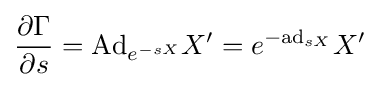
{\frac {\partial \Gamma }{\partial s}}=\mathrm {Ad} _{e^{-sX}}X'=e^{-\mathrm {ad} _{sX}}X'